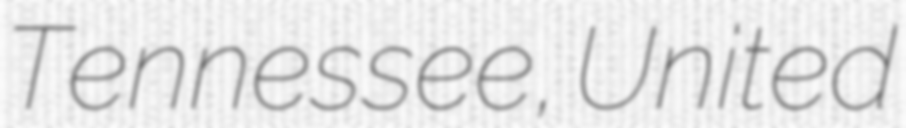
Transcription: Tennessee, United